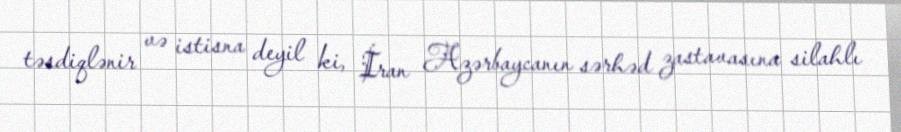
təsdiqlənir və istisna deyil ki, İran Azərbaycanın sərhəd zastavasına silahlı